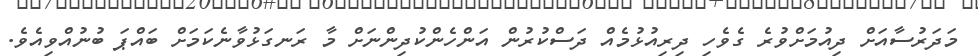
މަދަރުސާއަށް ދިއުމަށްވުރެ ގެވެހި ދިރިއުޅުމެއް ދަސްކުރުން އަންހެންކުދިންނަށް މާ ރަނގަޅުވާނެކަމަށް ބައްޕަ ބުނުއްވިއެވެ.